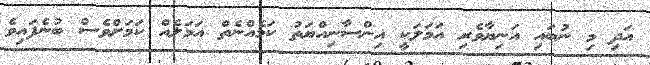
އަދި މި ނުބައި އަނިޔާވެރި އަމަލަކީ އިންސާނިއްޔަތު ކަމެއްނެތް އަމަލެއް ކަމަށްވެސް ބުނެފައިވެ